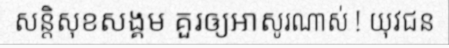
សន្តិសុខសង្គម គួរឲ្យអាសូរណាស់ ! យុវជន